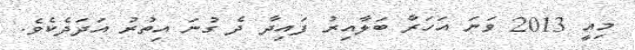
މިއީ 2013 ވަނަ އަހަރާ ބަލާއިރު ފައިދާ ދެ ގުނަ އިތުރު އަދަދެކެވެ.